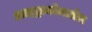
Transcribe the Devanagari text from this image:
आइट्राकोनज़ोल